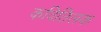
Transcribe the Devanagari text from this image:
कवितिलक